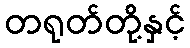
တရုတ်တို့နှင့်